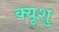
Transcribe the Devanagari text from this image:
क्यूशु